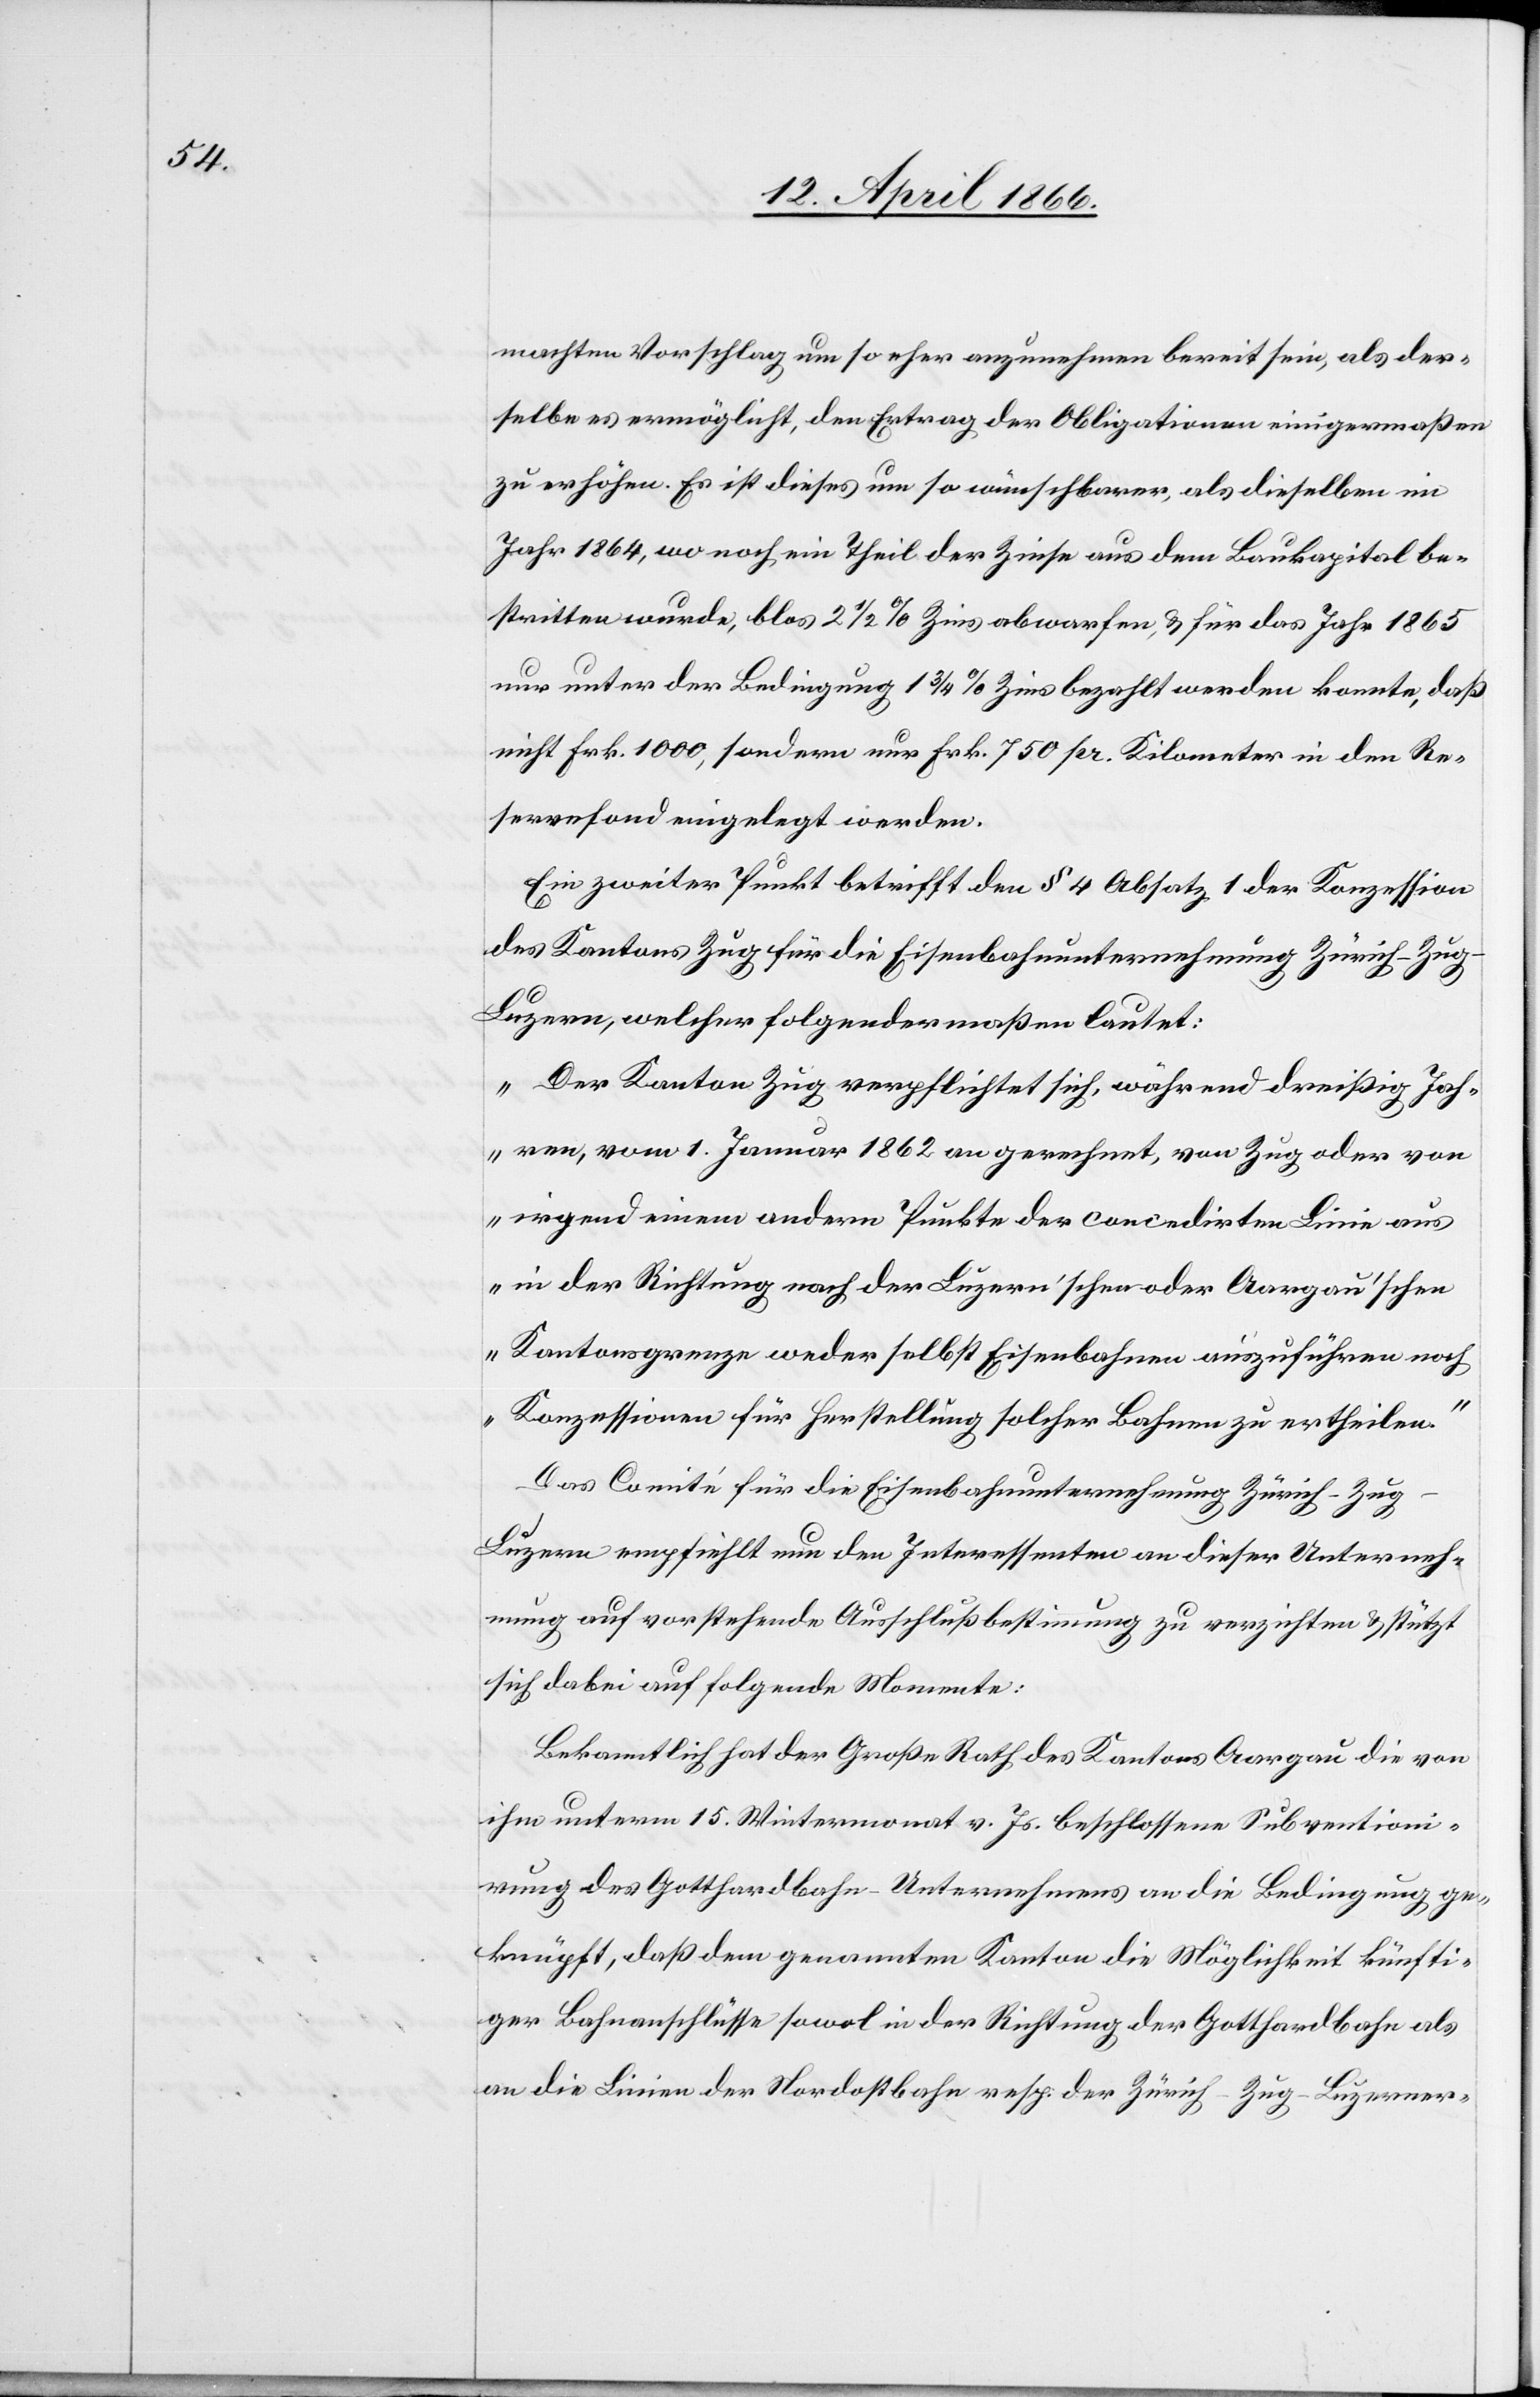
machten Vorschlag um so mehr anzunehmen bereit sein, als der¬
selbe es ermöglicht, den Ertrag der Obligationen einigermaßen
zu erhöhen. Es ist dieses um so wünschbarer, als dieselben im
Jahr 1864, wo noch ein Theil der Zinse aus dem Baukapital be¬
stritten wurden, blos 2 ½ % Zins abwarfen, u. für das Jahr 1865
nur unter der Bedingung 1 ¾ % Zins bezahlt werden konnte, daß
nicht Frk. 1000, sondern nur Frk. 750 pr. Kilometer in den Re¬
servefond eingelegt werden.
Ein zweiter Punkt betrifft den § 4 Absatz 1 der Konzession
des Kantons Zug für die Eisenbahnunternehmung Zürich–Zu¬
g–Luzern, welcher folgendermaßen lautet:
„Der Kanton Zug verpflichtet sich, während dreißig Jah¬
ren, vom 1. Januar 1862 an gerechnet, von Zug oder von
irgend einem andern Punkte der concedirten Linie aus
in der Richtung nach der Luzern’schen oder Aargau’schen
Kantonsgrenze weder selbst Eisenbahnen auszuführen noch
Konzessionen für Herstellung solcher Bahnen zu ertheilen.“
Das Comité für die Eisenbahnunternehmung Zürich–Zu¬
g–Luzern empfiehlt nun den Interessenten an dieser Unterneh¬
mung auf vorstehende Ausschlußbestimmung zu verzichten u. stützt
sich dabei auf folgende Momente:
Bekanntlich hat der Große Rath des Kantons Aargau die von
ihm unterm 15. Weinmonat v. Js. beschlossenen Subventioni¬
rung des Gotthardbahn-Unternehmens an die Bedingung ge¬
knüpft, daß dem genannten Kanton die Möglichkeit künfti¬
ger Bahnanschlüsse sowol in der Richtung der Gotthardbahn als
an die Linien der Nordostbahn resp. der Zürich–Zug–Luzerner-